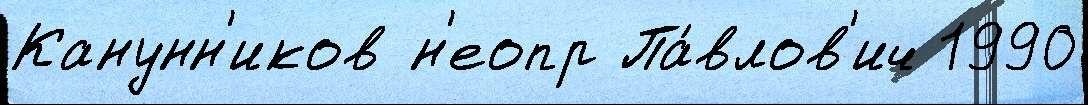
Канунн'иков н'еопр Па́влов'ич 1990